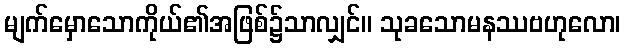
မျက်မှောသောကိုယ်၏အဖြစ်၌သာလျှင်။ သုခသောမနဿဗဟုလော၊